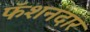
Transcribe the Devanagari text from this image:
फॅशनदार